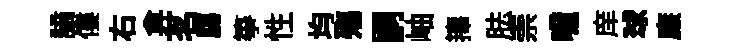
謫僂右弇茗膓筝性均殤嗣岫籜胠崇噫庠球廉